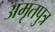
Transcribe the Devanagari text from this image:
अमृतपुत्र